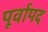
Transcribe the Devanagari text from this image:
पूर्वापद